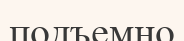
подъемно